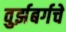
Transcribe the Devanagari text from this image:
वुर्झबर्गचे